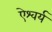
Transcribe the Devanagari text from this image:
ऐश्वर्य